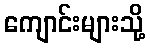
ကျောင်းများသို့